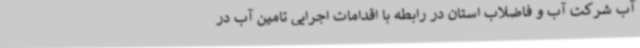
آب شرکت آب و فاضلاب استان در رابطه با اقدامات اجرایی تامین آب در